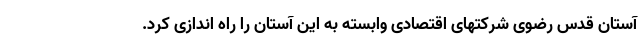
آستان قدس رضوی شرکتهای اقتصادی وابسته به این آستان را راه اندازی کرد.